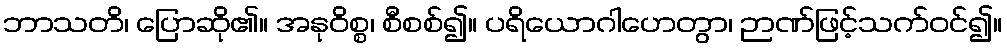
ဘာသတိ၊ ပြောဆို၏။ အနုဝိစ္စ၊ စီစစ်၍။ ပရိယောဂါဟေတွာ၊ ဉာဏ်ဖြင့်သက်ဝင်၍။